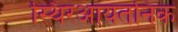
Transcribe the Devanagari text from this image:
स्थिरआयतनिक